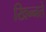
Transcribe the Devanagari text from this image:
खिन्नते